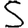
Digit: 5